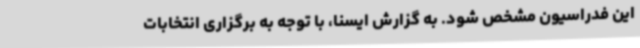
این فدراسیون مشخص شود. به گزارش ایسنا، با توجه به برگزاری انتخابات